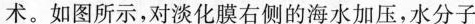
术。如图所示，对淡化膜右侧的海水加压，水分子